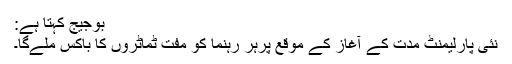
بوجیج کہتا ہے:
نئی پارلیمنٹ مدت کے آغاز کے موقع پرہر رہنما کو مفت ٹماٹروں کا باکس ملےگا۔